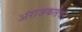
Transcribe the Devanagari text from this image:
अराजकतेवर